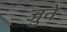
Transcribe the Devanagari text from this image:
जुवें